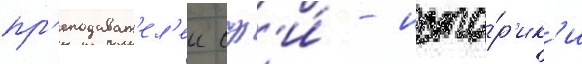
пр'еподават'ел'еи сф'и́ - исто́р'ик'и